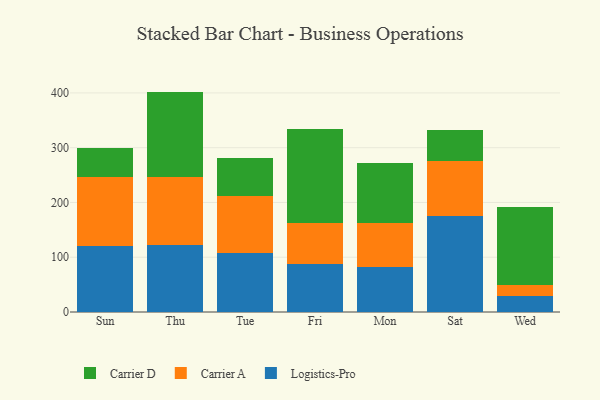
{"axis": {"x": "Day", "y": "Production Output"}, "legend": ["Carrier A", "Carrier D", "Logistics-Pro"], "data": [{"x": "Sun", "y": 120.5, "type": "Logistics-Pro"}, {"x": "Sun", "y": 125.1, "type": "Carrier A"}, {"x": "Sun", "y": 53.7, "type": "Carrier D"}, {"x": "Thu", "y": 122.2, "type": "Logistics-Pro"}, {"x": "Thu", "y": 124.6, "type": "Carrier A"}, {"x": "Thu", "y": 155.6, "type": "Carrier D"}, {"x": "Tue", "y": 106.9, "type": "Logistics-Pro"}, {"x": "Tue", "y": 105.5, "type": "Carrier A"}, {"x": "Tue", "y": 67.9, "type": "Carrier D"}, {"x": "Fri", "y": 87.1, "type": "Logistics-Pro"}, {"x": "Fri", "y": 74.8, "type": "Carrier A"}, {"x": "Fri", "y": 171.4, "type": "Carrier D"}, {"x": "Mon", "y": 82.5, "type": "Logistics-Pro"}, {"x": "Mon", "y": 79.1, "type": "Carrier A"}, {"x": "Mon", "y": 110.8, "type": "Carrier D"}, {"x": "Sat", "y": 175.2, "type": "Logistics-Pro"}, {"x": "Sat", "y": 100.3, "type": "Carrier A"}, {"x": "Sat", "y": 55.9, "type": "Carrier D"}, {"x": "Wed", "y": 28.9, "type": "Logistics-Pro"}, {"x": "Wed", "y": 19.6, "type": "Carrier A"}, {"x": "Wed", "y": 142.7, "type": "Carrier D"}]}